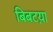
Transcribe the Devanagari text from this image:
बिबटय़ा